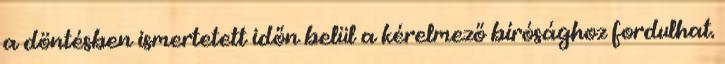
a döntésben ismertetett időn belül a kérelmező bírósághoz fordulhat.